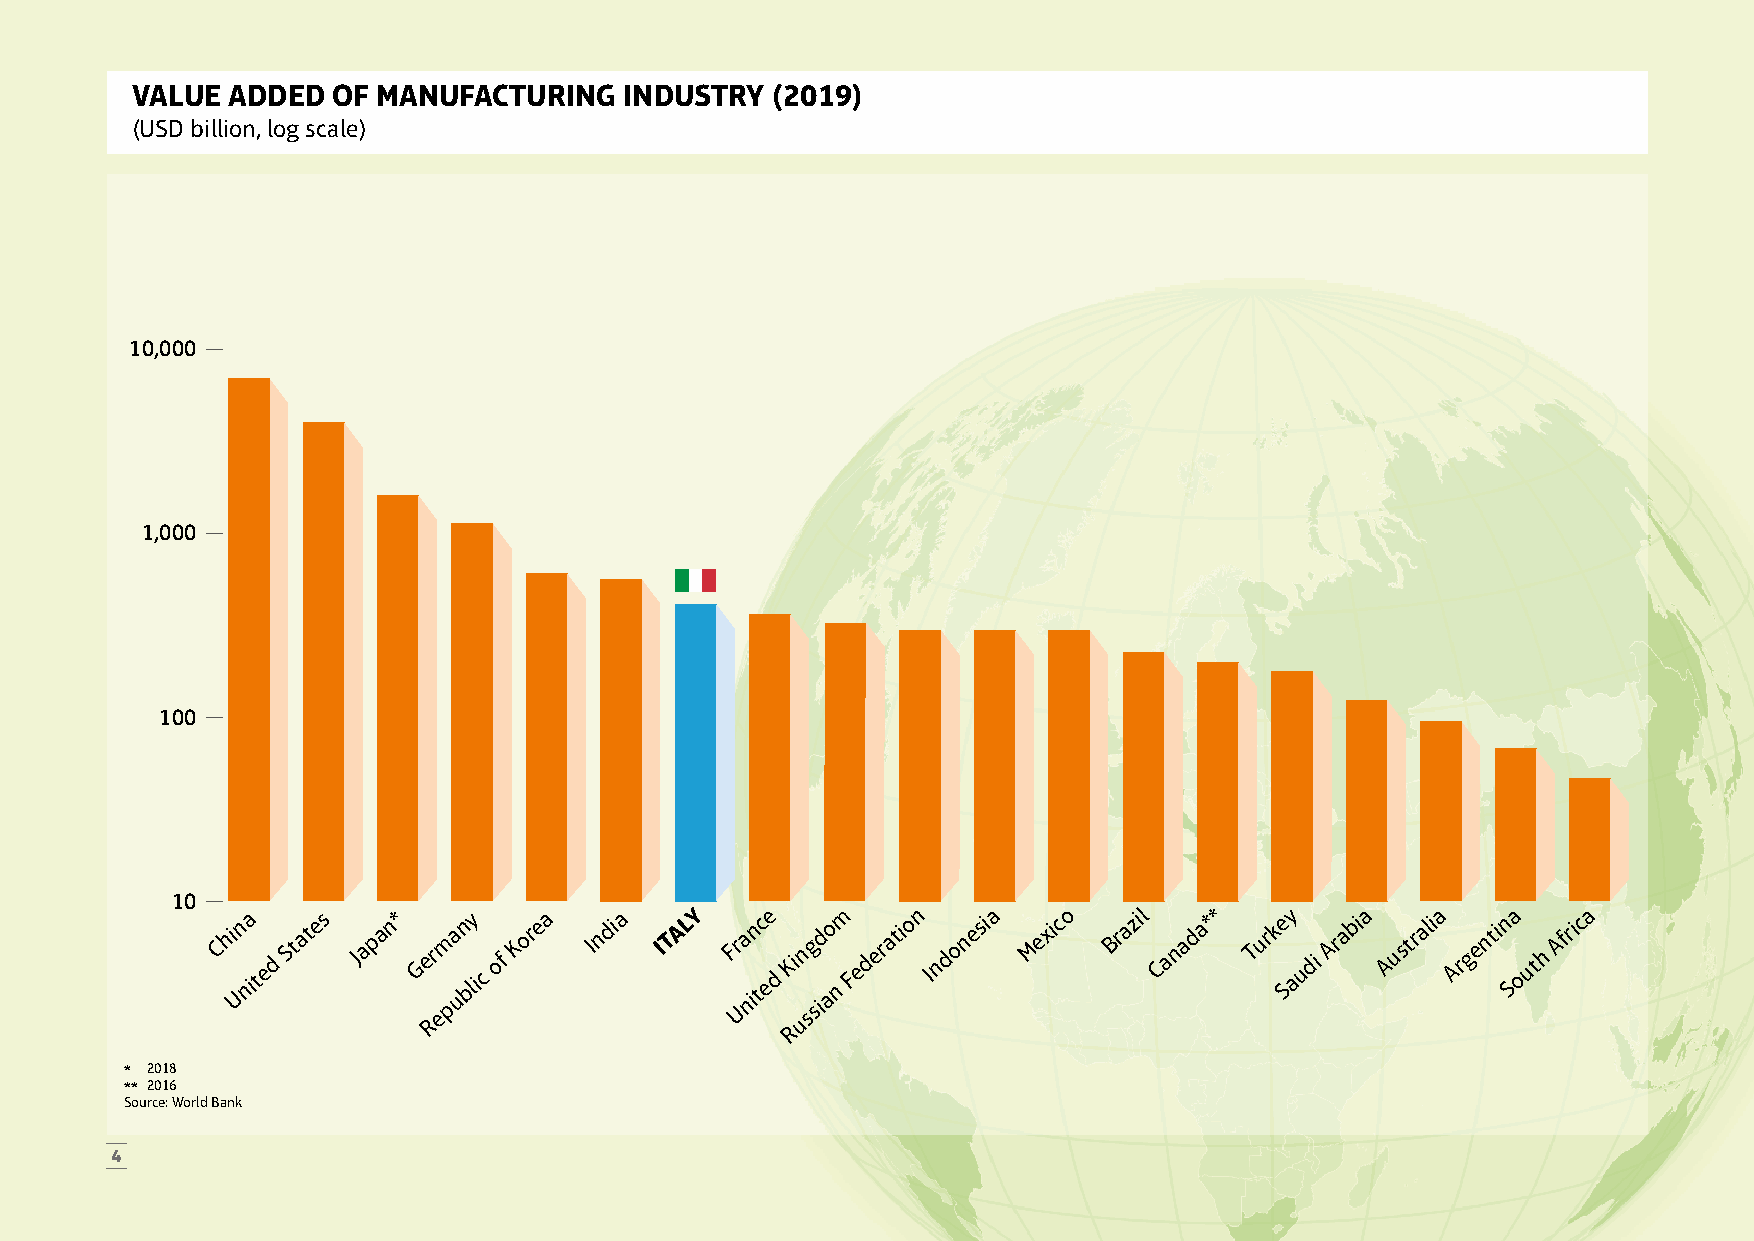
VALUE ADDED  OF MANUFACTURING   INDUSTRY  (2019)
 (USD billion, log scale)
 10,000
 1,000
 100
 10
 Chi Un na
 ited
 States Japan*
 Ge Rr
 em pa un bly
 ic
 of
 Korea India ITALY Fr Ua nin tc ee
 d
 Ki un
 sg sid ao
 n
 m Federation Indonesia Mexico Brazil Canada** Turke Sy
 audi
 Arabia Australia Argentin Sa
 outh
 Africa
 R
 * 2018
 ** 2016
 Source: World Bank
 4